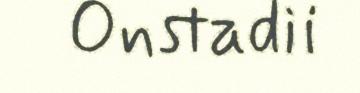
Onstadii